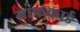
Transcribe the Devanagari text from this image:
ग्राफकार्ड